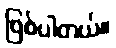
ဖြစ်ပါတယ်။